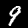
Digit: 9